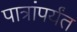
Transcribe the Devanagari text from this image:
पात्रांपर्यंत